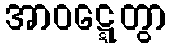
အာဝဋ္ဋေတွာ